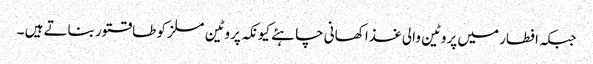
جبکہ افطار میں پروٹین والی غذا کھانی چاہئے کیونکہ پروٹین مسلز کو طاقتور بناتے ہیں ۔